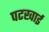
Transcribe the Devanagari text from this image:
पटखाई